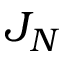
J _ { N }